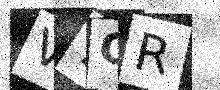
Text: V7OR